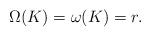
LaTeX: \begin{align*}\Omega(K)=\omega(K)=r.\end{align*}